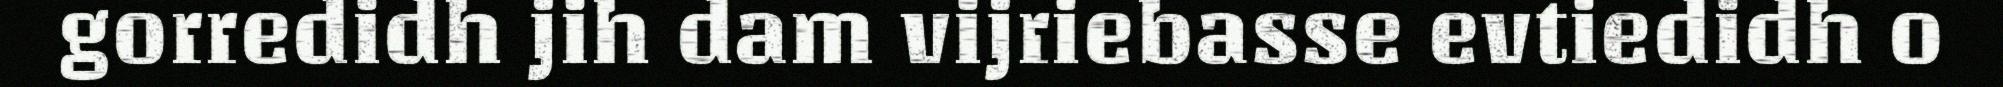
gorredidh jih dam vijriebasse evtiedidh o